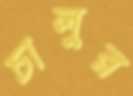
চালুর